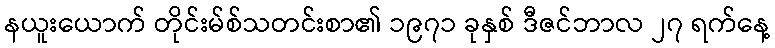
နယူးယောက် တိုင်းမ်စ်သတင်းစာ၏ ၁၉၇၁ ခုနှစ် ဒီဇင်ဘာလ ၂၇ ရက်နေ့